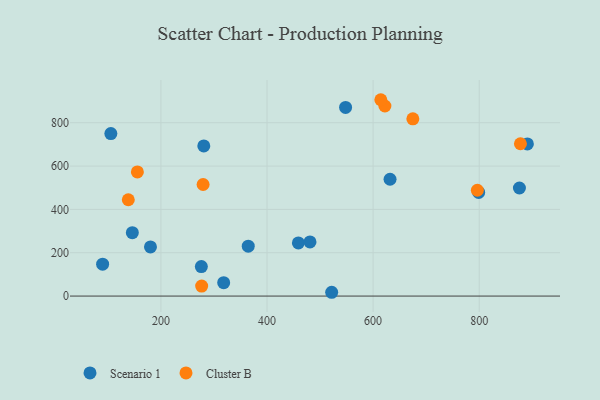
{"axis": {"x": "Investment", "y": "Profit"}, "legend": ["Cluster B", "Scenario 1"], "data": [{"x": "890.8", "y": 702.3, "type": "Scenario 1"}, {"x": "459.1", "y": 245.3, "type": "Scenario 1"}, {"x": "180.3", "y": 226.7, "type": "Scenario 1"}, {"x": "481.0", "y": 249.7, "type": "Scenario 1"}, {"x": "875.8", "y": 498.8, "type": "Scenario 1"}, {"x": "521.9", "y": 17.5, "type": "Scenario 1"}, {"x": "631.9", "y": 539.2, "type": "Scenario 1"}, {"x": "146.1", "y": 292.4, "type": "Scenario 1"}, {"x": "105.6", "y": 750.0, "type": "Scenario 1"}, {"x": "276.2", "y": 136.2, "type": "Scenario 1"}, {"x": "318.3", "y": 61.8, "type": "Scenario 1"}, {"x": "90.1", "y": 147.3, "type": "Scenario 1"}, {"x": "548.1", "y": 870.7, "type": "Scenario 1"}, {"x": "799.0", "y": 478.3, "type": "Scenario 1"}, {"x": "364.6", "y": 230.5, "type": "Scenario 1"}, {"x": "280.8", "y": 692.9, "type": "Scenario 1"}, {"x": "622.2", "y": 877.2, "type": "Cluster B"}, {"x": "796.5", "y": 488.4, "type": "Cluster B"}, {"x": "877.7", "y": 702.9, "type": "Cluster B"}, {"x": "674.9", "y": 817.9, "type": "Cluster B"}, {"x": "138.5", "y": 444.5, "type": "Cluster B"}, {"x": "276.8", "y": 46.2, "type": "Cluster B"}, {"x": "279.5", "y": 514.9, "type": "Cluster B"}, {"x": "614.5", "y": 906.2, "type": "Cluster B"}, {"x": "155.6", "y": 572.9, "type": "Cluster B"}]}